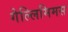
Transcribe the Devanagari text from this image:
गेल्‍लिमिमस